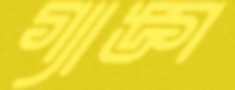
গ্যাঙ্গ